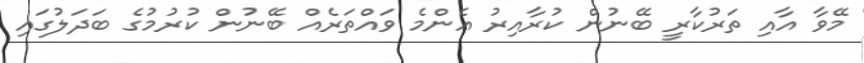
މޭވާ އާއި ތަރުކާރީ ބޭނުން ކުރާއިރު އެންމެ ވައްތަރެއް ބޭނުން ކުރުމުގެ ބަދަލުގައި